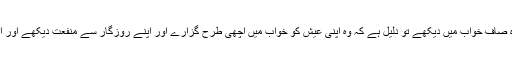
اور اگر سردیوں کے موسم میں برف پاکیزہ صاف خواب میں دیکھے تو دلیل ہے کہ وہ اپنی عیش کو خواب میں اچھی طرح گزارے اور اپنے روزگار سے منفعت دیکھے اور اس کی دوستوں کے دل اس سے شاد ہوویں۔